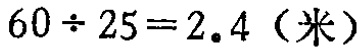
\(60\div 25 = 2.4\)（米）